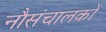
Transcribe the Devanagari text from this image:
नौसंचालकों